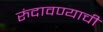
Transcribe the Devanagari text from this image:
रुंदावण्याची